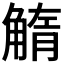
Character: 𧤓